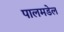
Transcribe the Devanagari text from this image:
पालमडेल